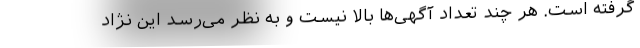
گرفته است. هر چند تعداد آگهی‌ها بالا نیست و به نظر می‌رسد این نژاد